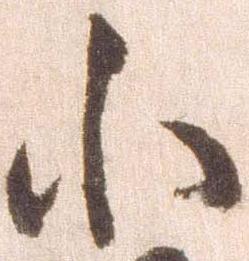
小